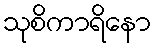
သုစိကာရိနော